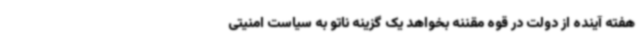
هفته آینده از دولت در قوه مقننه بخواهد یک گزینه ناتو به سیاست امنیتی